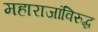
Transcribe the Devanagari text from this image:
महाराजांविरुद्ध